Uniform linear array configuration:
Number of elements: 32
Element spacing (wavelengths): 0.75
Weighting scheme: binomial
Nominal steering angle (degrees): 15
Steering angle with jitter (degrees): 16.664
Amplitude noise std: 0.05
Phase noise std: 0.05

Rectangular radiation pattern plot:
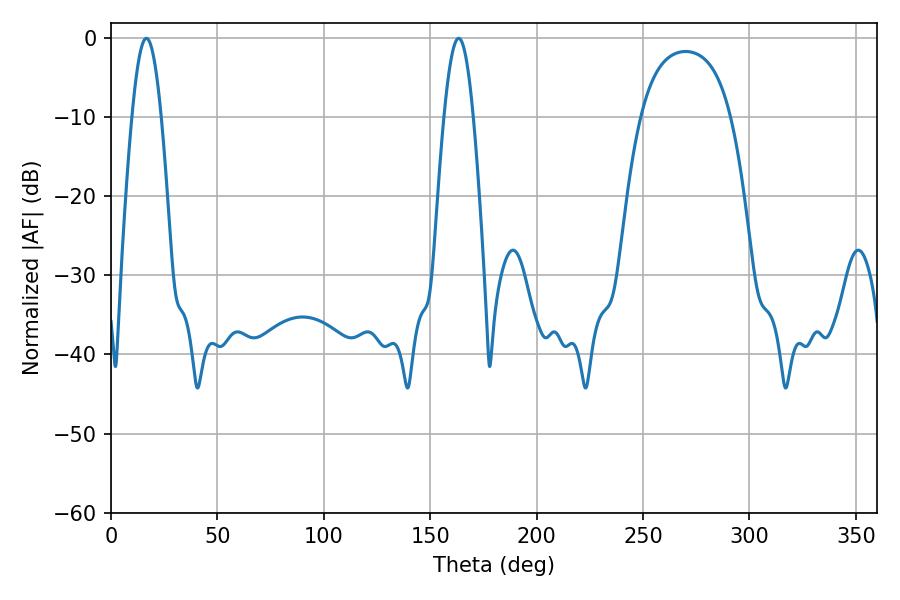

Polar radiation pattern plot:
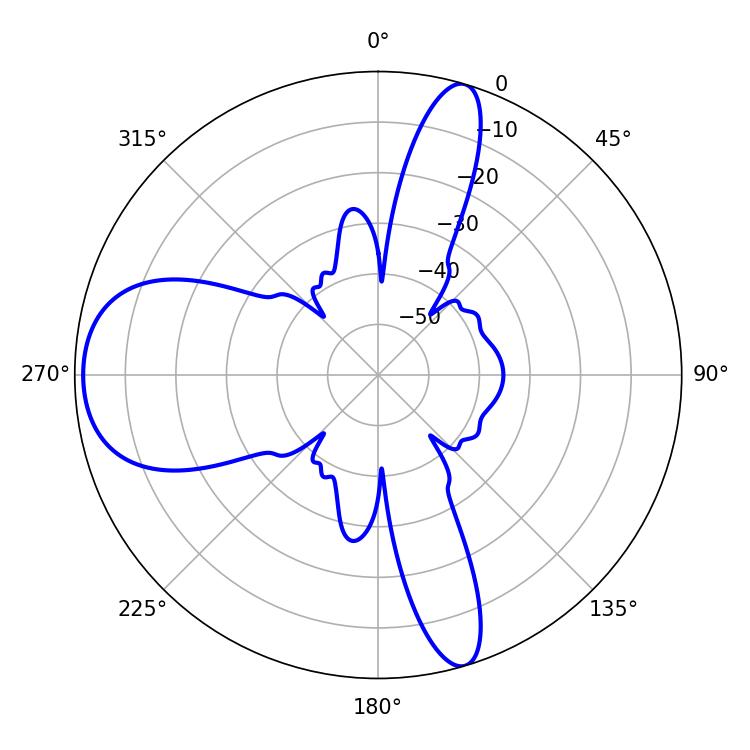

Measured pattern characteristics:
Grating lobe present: TRUE
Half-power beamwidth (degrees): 7.38
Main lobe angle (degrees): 16.56